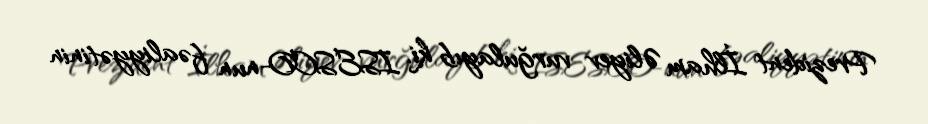
Prezident İlham Əliyev vurğulayıb ki, ISESCO-nun fəaliyyətinin